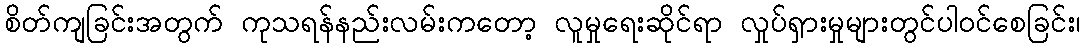
စိတ်ကျခြင်းအတွက် ကုသရန်နည်းလမ်းကတော့ လူမှုရေးဆိုင်ရာ လှုပ်ရှားမှုများတွင်ပါဝင်စေခြင်း၊